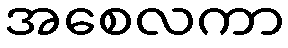
အစေလကာ